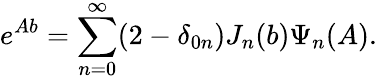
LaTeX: e^{Ab}=\sum_{n=0}^{\infty}(2-\delta_{0n})J_{n}(b)\Psi_{n}(A).